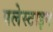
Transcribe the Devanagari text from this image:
पलेस्टाइन